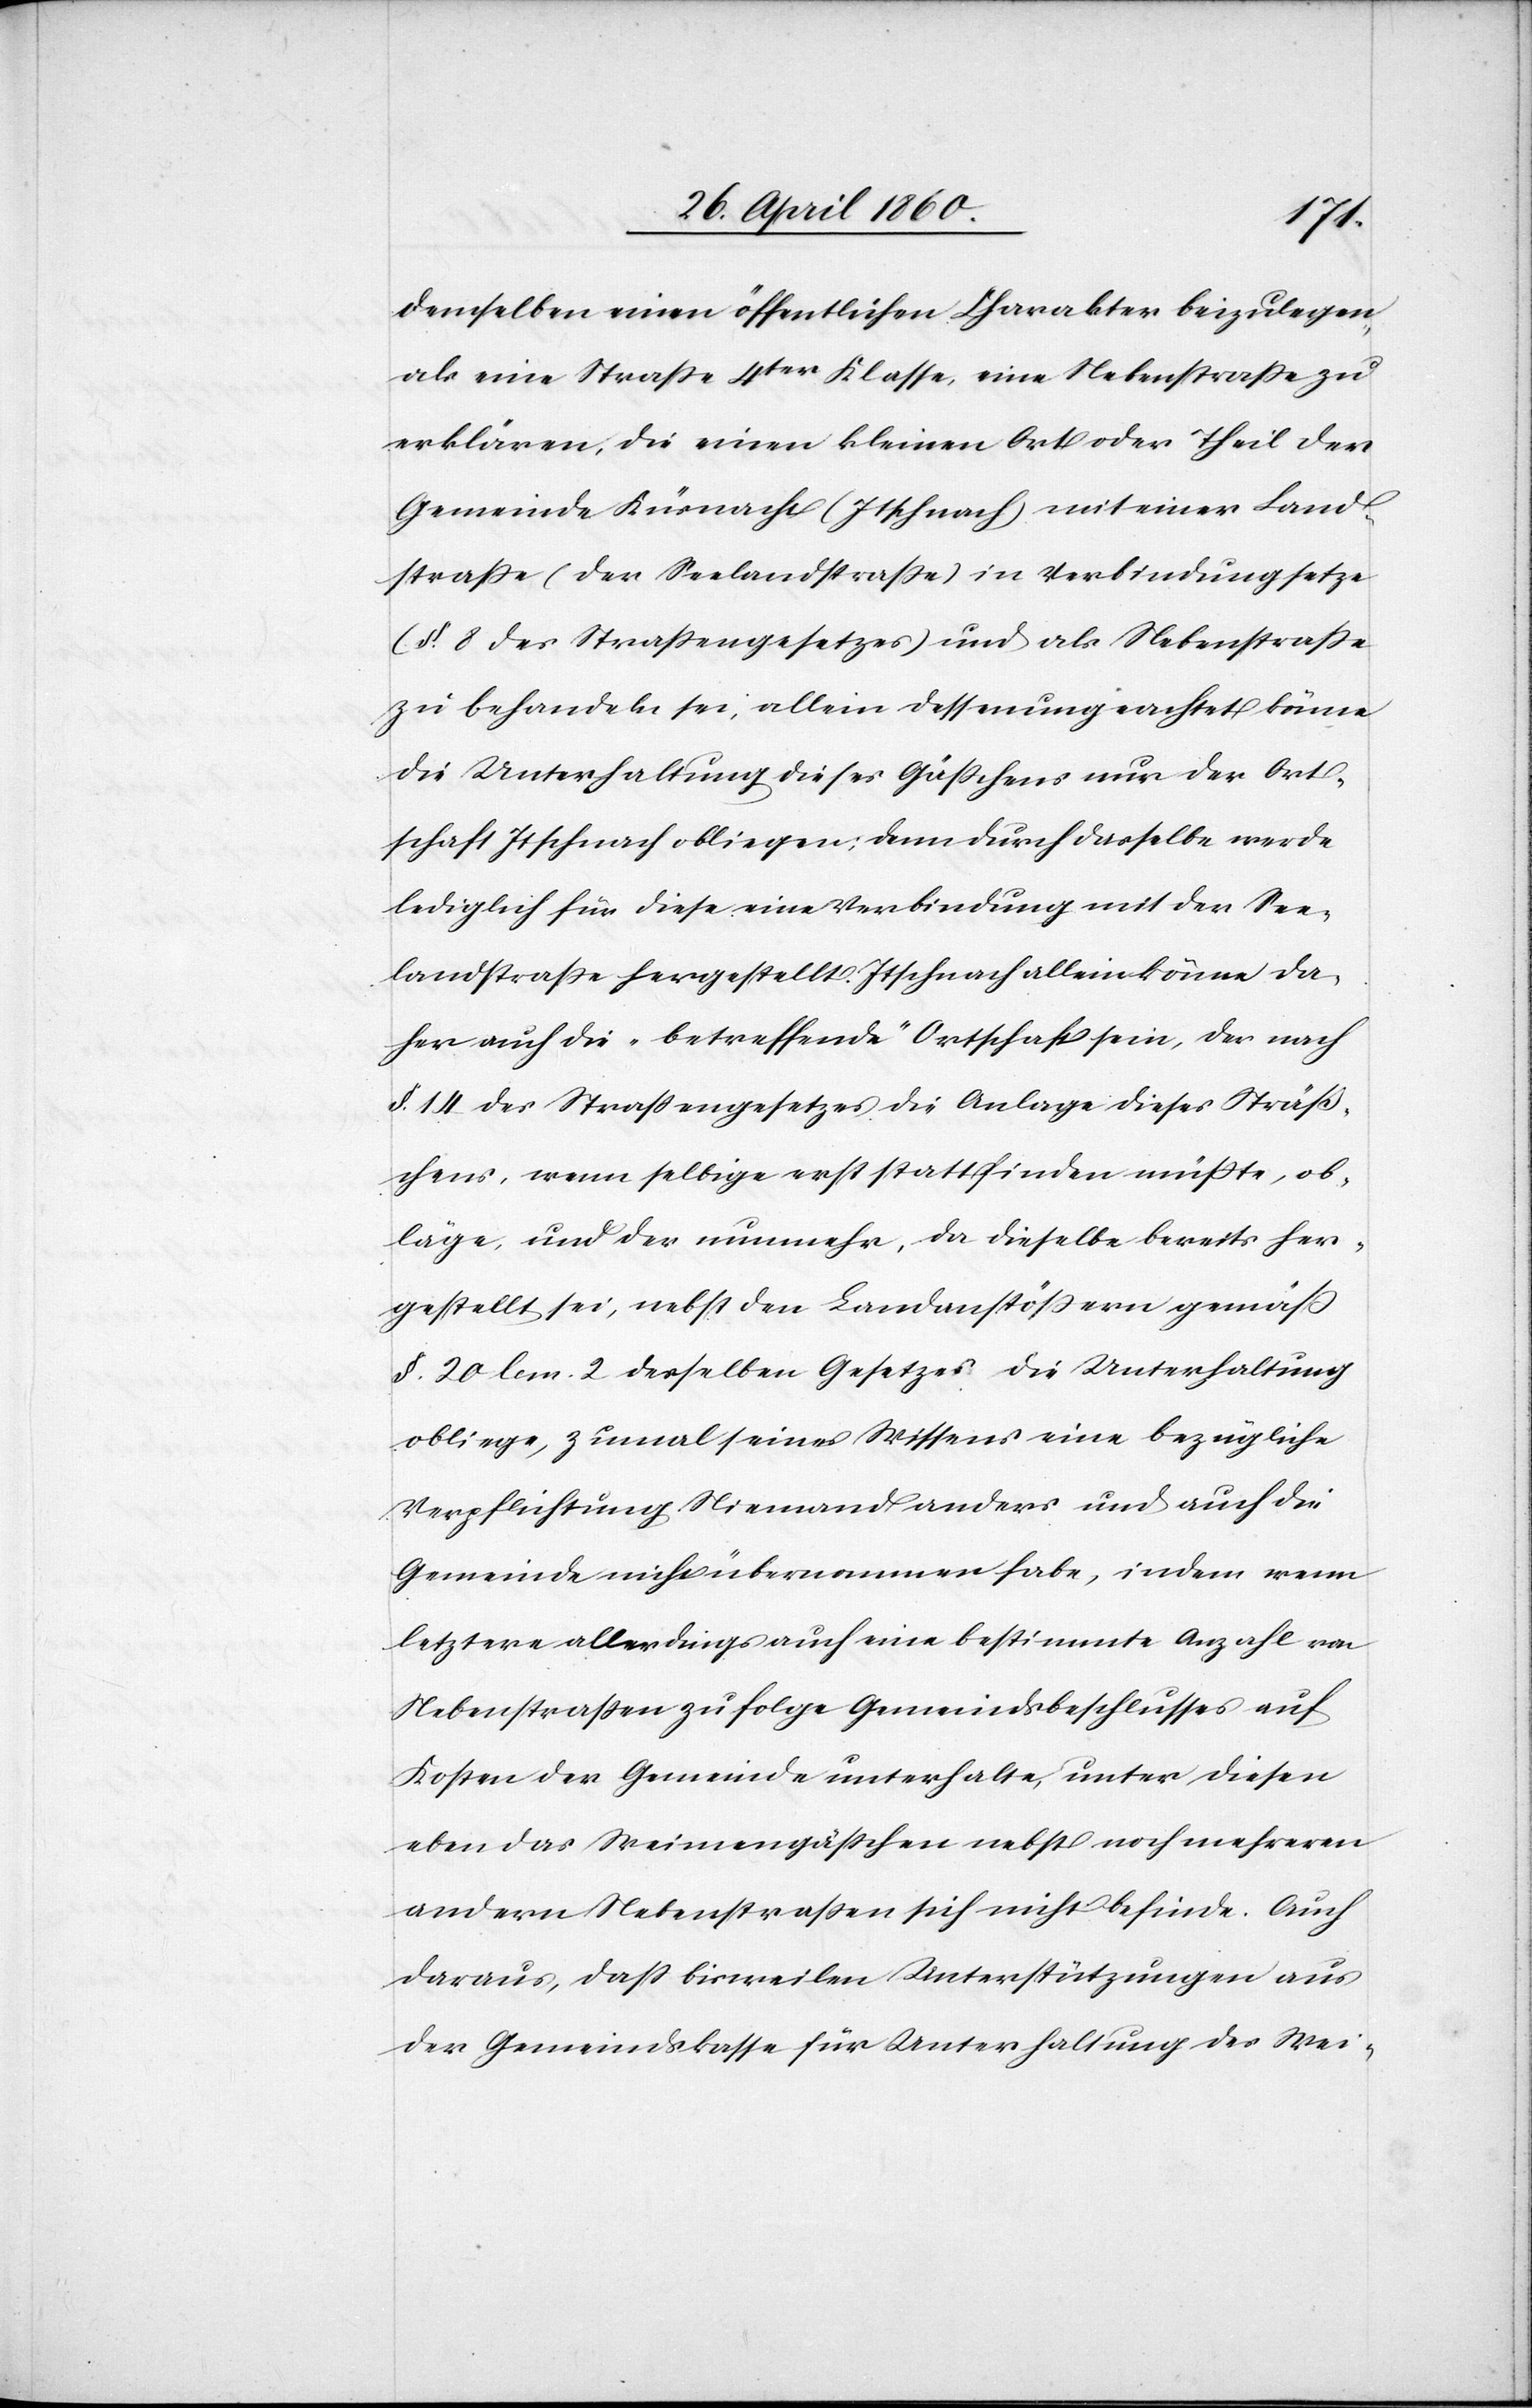
demselben einen öffentlichen Charakter beizulegen,
als eine Strasse 4ter Klasse, eine Nebenstrasse zu
erklären, die einen kleinen Ort oder Theil der
Gemeinde Küsnacht (Itschnach) mit einer Land¬
strasse (der Seelandstrasse) in Verbindung setze
(§. 8. des Strassengesetzes) als Nebenstrasse
zu behandeln sei, allein dessen ungeachtet könne
die Unterhaltung dieses Gässchens nur der Ort¬
schaft Itschnach obliegen; denn durch dasselbe werde
lediglich für diese eine Verbindung mit der See¬
landstrasse hergestellt. Itschnach allein könne da¬
her auch die „betreffende“ Ortschaft sein, der nach
§. 14 des Strassengesetzes die Anlage dieses Sträß¬
chens, wenn selbige erst stattfinden müsste, ob¬
läge, und der nunmehr, da dieselbe bereits her¬
gestellt sei, nebst den Landanstössern gemäss
§. 20. lem. 2. desselben Gesetzes die Unterhaltung
obliege, zumal seines Wissens eine bezügliche
Verpflichtung Niemand anders und auch die
Gemeinde nicht übernommen habe, indem wenn
letztere allerdings auch eine bestimmte Anzahl von
Nebenstrassen zu folge Gemeindsbeschlusses auf
Kosten der Gemeinde unterhalte, unter diesen
eben das Weimengässchen nebst noch mehreren
andern Nebenstrassen sich nicht befinde. Auch
daraus, dass bisweilen Unterstützungen aus
der Gemeindskasse für Unterhaltung des Wei-